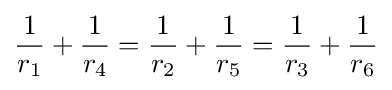
{\frac {1}{r_{1}}}+{\frac {1}{r_{4}}}={\frac {1}{r_{2}}}+{\frac {1}{r_{5}}}={\frac {1}{r_{3}}}+{\frac {1}{r_{6}}}